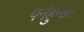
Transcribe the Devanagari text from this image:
पर्नेहुन्छ।